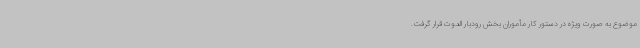
موضوع به صورت ویژه در دستور کار مأموران بخش رودبار الموت قرار گرفت.